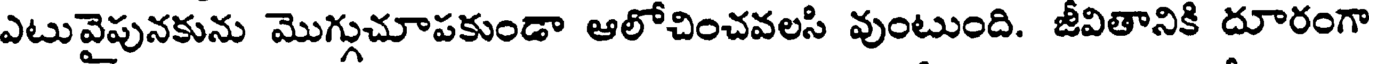
ఎటువైపునకును మొగ్గుచూపకుండా ఆలోచించవలసి వుంటుంది. జీవితానికి దూరంగా